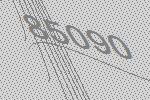
85090